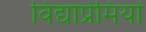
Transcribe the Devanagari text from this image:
विद्याप्रेमियों